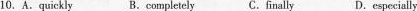
10. A.quickly B.completely C. fīnally D.especially